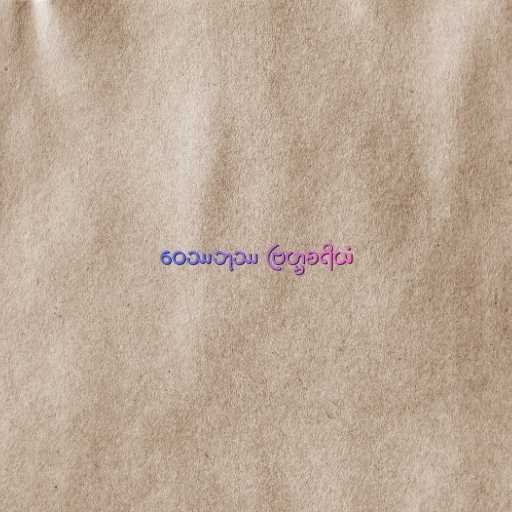
ဝေဿဘုဿ ဗြဟ္မစရိယံ